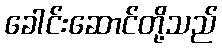
ခေါင်းဆောင်တို့သည်